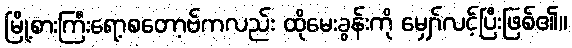
မြို့စားကြီးရော့စတော့ဗ်ကလည်း ထိုမေးခွန်းကို မျှော်လင့်ပြီးဖြစ်၏။